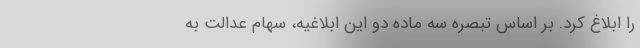
را ابلاغ کرد. بر اساس تبصره سه ماده دو این ابلاغیه، سهام عدالت به